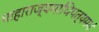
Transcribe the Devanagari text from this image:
माहाराज्यमाधिपत्यमयं